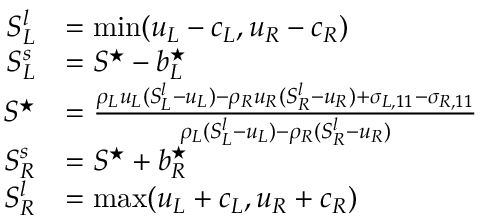
\begin{array} { r l } { S _ { L } ^ { l } } & { = \mathrm { m i n } ( u _ { L } - c _ { L } , u _ { R } - c _ { R } ) } \\ { S _ { L } ^ { s } } & { = S ^ { \star } - b _ { L } ^ { \star } } \\ { S ^ { \star } } & { = \frac { \rho _ { L } u _ { L } ( S _ { L } ^ { l } - u _ { L } ) - \rho _ { R } u _ { R } ( S _ { R } ^ { l } - u _ { R } ) + \sigma _ { L , 1 1 } - \sigma _ { R , 1 1 } } { \rho _ { L } ( S _ { L } ^ { l } - u _ { L } ) - \rho _ { R } ( S _ { R } ^ { l } - u _ { R } ) } } \\ { S _ { R } ^ { s } } & { = S ^ { \star } + b _ { R } ^ { \star } } \\ { S _ { R } ^ { l } } & { = \mathrm { m a x } ( u _ { L } + c _ { L } , u _ { R } + c _ { R } ) } \end{array}